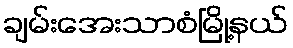
ချမ်းအေးသာစံမြို့နယ်